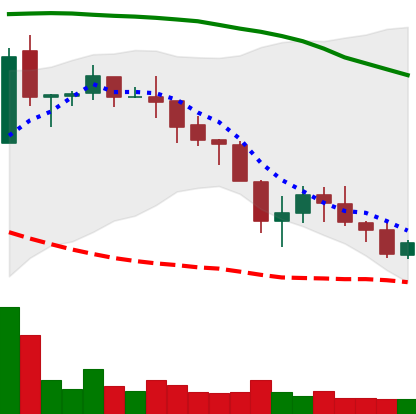
Ticker: NEO-USD
Chart end date: 2018-05-18
Forward return: -12.082%
Label: down_7plus